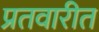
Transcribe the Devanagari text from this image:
प्रतवारीत